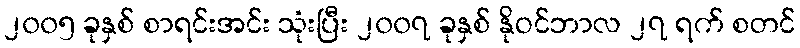
၂၀၀၅ ခုနှစ် စာရင်းအင်း သုံးပြီး ၂၀၀၇ ခုနှစ် နိုဝင်ဘာလ ၂၇ ရက် စတင်